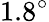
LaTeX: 1.8^{\circ}